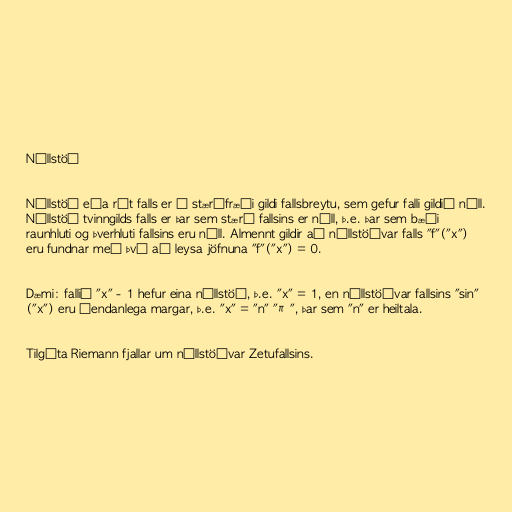
Núllstöð

Núllstöð eða rót falls er í stærðfræði gildi fallsbreytu, sem gefur falli gildið núll.
Núllstöð tvinngilds falls er þar sem stærð fallsins er núll, þ.e. þar sem bæði
raunhluti og þverhluti fallsins eru núll. Almennt gildir að núllstöðvar falls "f"("x")
eru fundnar með því að leysa jöfnuna "f"("x") = 0.

Dæmi: fallið "x" - 1 hefur eina núllstöð, þ.e. "x" = 1, en núllstöðvar fallsins "sin"
("x") eru óendanlega margar, þ.e. "x" = "n" "π", þar sem "n" er heiltala.

Tilgáta Riemann fjallar um núllstöðvar Zetufallsins.